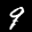
Label: 9